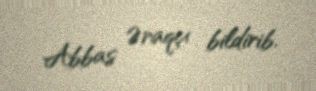
Abbas Əraqçı bildirib.